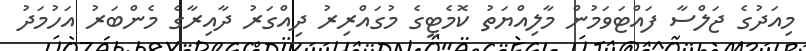
މިއަދުގެ ޖަލްސާ ފައްޓަވަމުން މާލިއްޔަތު ކޮމެޓީގެ މުގައްރިރު ދިއްގަރު ދާއިރާގެ މެންބަރު އަހުމަދު